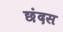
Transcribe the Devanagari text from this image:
छंदस